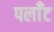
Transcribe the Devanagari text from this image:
पलाँट